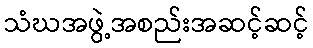
သံဃအဖွဲ့အစည်းအဆင့်ဆင့်